Report of an investigation of the epidemic of malarial fever in Assam, or, kala-azar
Disease focus: Malaria
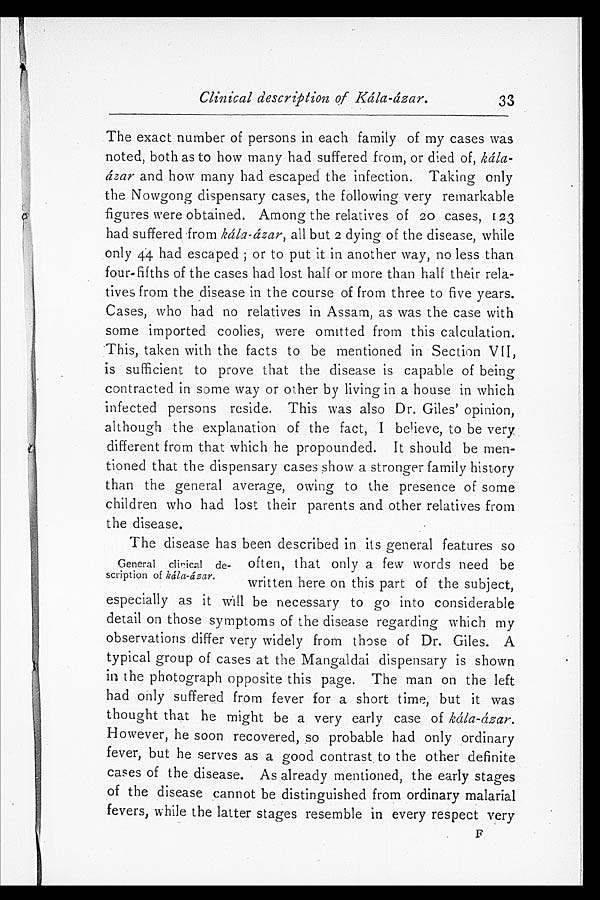
Clinical description of Kála-ázar.
33
The exact number of persons in each family of my cases was
noted, both as to how many had suffered from, or died of, kála-
á zar and how many had escaped the infection. Taking only
the Nowgong dispensary cases, the following very remarkable
figures were obtained. Among the relatives of 20 cases, 123
had suffered from kála-ázar, all but 2 dying of the disease, while
only 44 had escaped; or to put it in another way, no less than
four-fifths of the cases had lost half or more than half their rela-
tives from the disease in the course of from three to five years.
Cases, who had no relatives in Assam, as was the case with
some imported coolies, were omitted from this calculation.
This, taken with the facts to be mentioned in Section VII,
is sufficient to prove that the disease is capable of being
contracted in some way or other by living in a house in which
infected persons reside. This was also Dr. Giles' opinion,
although the explanation of the fact, I believe, to be very
different from that which he propounded. It should be men-
tioned that the dispensary cases show a stronger family history
than the general average, owing to the presence of some
children who had lost their parents and other relatives from
the disease.
The disease has been described in its general features so
often, that only a few words need be
written here on this part of the subject,
especially as it will be necessary to go into considerable
detail on those symptoms of the disease regarding which my
observations differ very widely from those of Dr. Giles. A
typical group of cases at the Mangaldai dispensary is shown
in the photograph opposite this page. The man on the left
had only suffered from fever for a short time, but it was
thought that he might be a very early case of kála-ázar.
However, he soon recovered, so probable had only ordinary
fever, but he serves as a good contrast to the other definite
cases of the disease. As already mentioned, the early stages
of the disease cannot be distinguished from ordinary malarial
fevers, while the latter stages resemble in every respect very
F
General clinical de-
scription of kála-ázar.